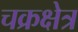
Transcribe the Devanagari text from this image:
चक्रक्षेत्र